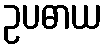
ဥပဓာယ